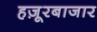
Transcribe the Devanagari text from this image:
हज़ूरबाजार